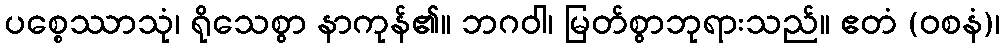
ပစ္စေဿာသုံ၊ ရိုသေစွာ နာကုန်၏။ ဘဂဝါ၊ မြတ်စွာဘုရားသည်။ ဧတံ (ဝစနံ)၊